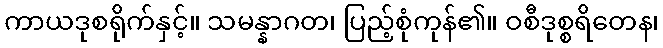
ကာယဒုစရိုက်နှင့်။ သမန္နာဂတ၊ ပြည့်စုံကုန်၏။ ဝစီဒုစ္စရိတေန၊